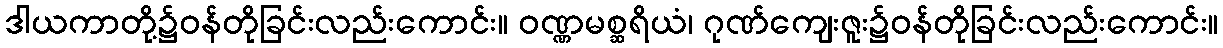
ဒါယကာတို့၌ဝန်တိုခြင်းလည်းကောင်း။ ဝဏ္ဏမစ္ဆရိယံ၊ ဂုဏ်ကျေးဇူး၌ဝန်တိုခြင်းလည်းကောင်း။